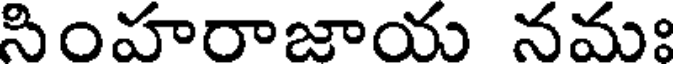
సింహరాజాయ నమః